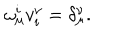
\omega _ { \mu } ^ { i } v _ { i } ^ { \nu } = \delta _ { \mu } ^ { \nu } .